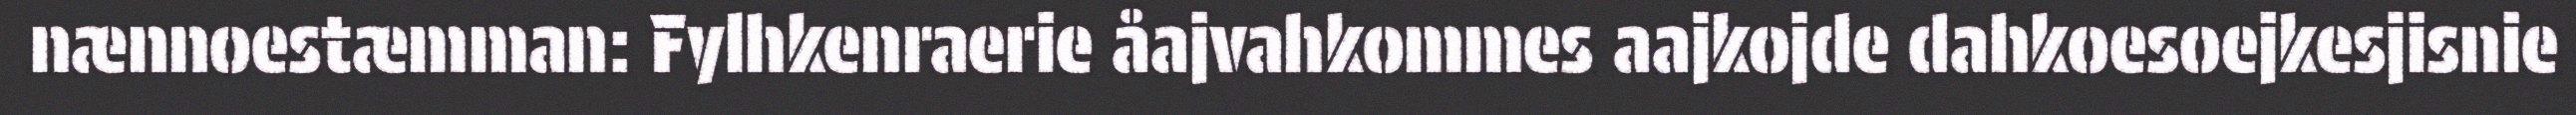
nænnoestæmman: Fylhkenraerie åajvahkommes aajkojde dahkoesoejkesjisnie